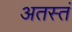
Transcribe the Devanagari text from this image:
अतस्तं